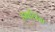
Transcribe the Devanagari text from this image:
डबलिंग